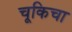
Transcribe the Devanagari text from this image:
चूकिचा